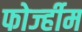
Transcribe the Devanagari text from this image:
फोर्ज्हीम